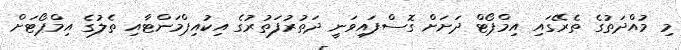
މި މުއްދަތުގެ ތެރޭގައި އިމްޕޯޓް ދަށަށް ގޮސްފައިވަނީ ދަތުރުފަތުރުގެ އިކުއިޕްމަންޓާއި ތެލުގެ އިމްޕޯޓަށް